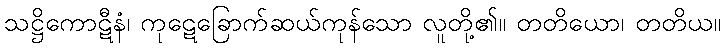
သဋ္ဌိကောဋီနံ၊ ကုဋေခြောက်ဆယ်ကုန်သော လူတို့၏။ တတိယော၊ တတိယ။